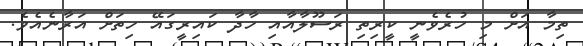
ތިމާ އަށް މި ހުރެވެނީ ކީރިތި ރަސޫލާއާއި ހާދާ ކައިރީގައޭ ހިތަށް އަރާނެއެވެ.